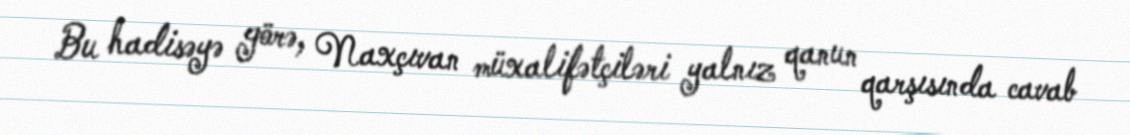
Bu hadisəyə görə, Naxçıvan müxalifətçiləri yalnız qanun qarşısında cavab